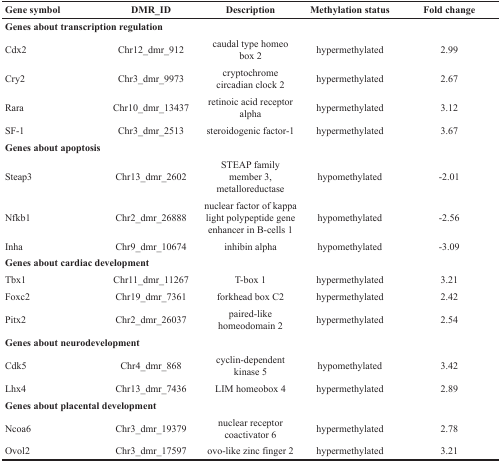
<table><thead><tr><td><b>Gene symbol</b></td><td><b>DMR_ID</b></td><td><b>Description</b></td><td><b>Methylation status</b></td><td><b>Fold change</b></td></tr></thead><tbody><tr><td colspan="5"><b>Genes about transcription regulation</b></td></tr><tr><td>Cdx2</td><td>Chr12_dmr_912</td><td>caudal type homeo box 2</td><td>hypermethylated</td><td>2.99</td></tr><tr><td>Cry2</td><td>Chr3_dmr_9973</td><td>cryptochrome circadian clock 2</td><td>hypermethylated</td><td>2.67</td></tr><tr><td>Rara</td><td>Chr10_dmr_13437</td><td>retinoic acid receptor alpha</td><td>hypermethylated</td><td>3.12</td></tr><tr><td>SF-1</td><td>Chr3_dmr_2513</td><td>steroidogenic factor-1</td><td>hypermethylated</td><td>3.67</td></tr><tr><td colspan="5"><b>Genes about apoptosis</b></td></tr><tr><td>Steap3</td><td>Chr13_dmr_2602</td><td>STEAP family member 3, metalloreductase</td><td>hypomethylated</td><td>-2.01</td></tr><tr><td>Nfkb1</td><td>Chr2_dmr_26888</td><td>nuclear factor of kappa light polypeptide gene enhancer in B-cells 1</td><td>hypomethylated</td><td>-2.56</td></tr><tr><td>Inha</td><td>Chr9_dmr_10674</td><td>inhibin alpha</td><td>hypomethylated</td><td>-3.09</td></tr><tr><td colspan="5"><b>Genes about cardiac development</b></td></tr><tr><td>Tbx1</td><td>Chr11_dmr_11267</td><td>T-box 1</td><td>hypermethylated</td><td>3.21</td></tr><tr><td>Foxc2</td><td>Chr19_dmr_7361</td><td>forkhead box C2</td><td>hypermethylated</td><td>2.42</td></tr><tr><td>Pitx2</td><td>Chr2_dmr_26037</td><td>paired-like homeodomain 2</td><td>hypermethylated</td><td>2.54</td></tr><tr><td colspan="5"><b>Genes about neurodevelopment</b></td></tr><tr><td>Cdk5</td><td>Chr4_dmr_868</td><td>cyclin-dependent kinase 5</td><td>hypomethylated</td><td>3.42</td></tr><tr><td>Lhx4</td><td>Chr13_dmr_7436</td><td>LIM homeobox 4</td><td>hypermethylated</td><td>2.89</td></tr><tr><td colspan="5"><b>Genes about placental development</b></td></tr><tr><td>Ncoa6</td><td>Chr3_dmr_19379</td><td>nuclear receptor coactivator 6</td><td>hypermethylated</td><td>2.78</td></tr><tr><td>Ovol2</td><td>Chr3_dmr_17597</td><td>ovo-like zinc finger 2</td><td>hypermethylated</td><td>3.21</td></tr></tbody></table>